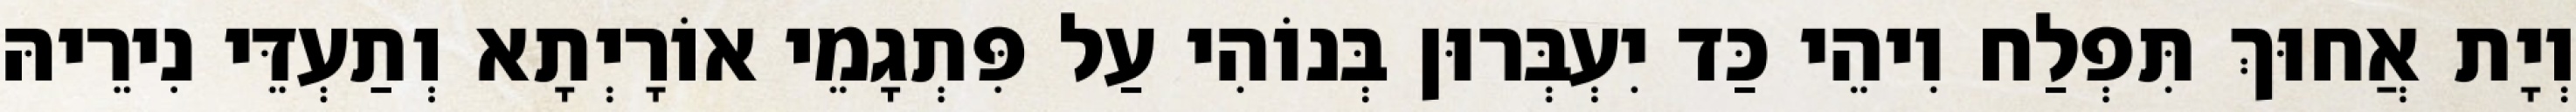
וְיָת אֲחוּךְ תִּפְלַח וִיהֵי כַּד יִעְבְּרוּן בְּנוֹהִי עַל פִּתְגָמֵי אוֹרָיְתָא וְתַעְדֵּי נִירֵיהּ